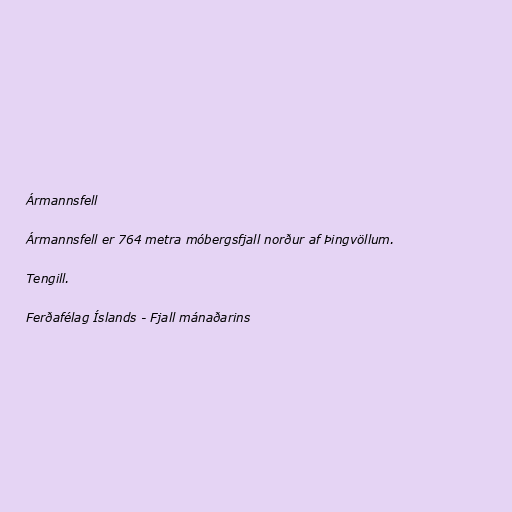
Ármannsfell

Ármannsfell er 764 metra móbergsfjall norður af Þingvöllum.

Tengill.

Ferðafélag Íslands - Fjall mánaðarins